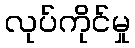
လုပ်ကိုင်မှု